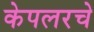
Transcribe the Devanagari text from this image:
केपलरचे